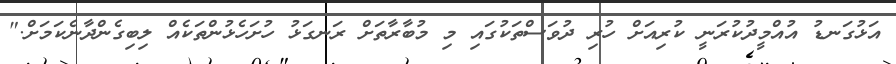
އަޅުގަނޑު އުއްމީދުކުރަނީ ކުރިއަށް ހުރި ދުވަސްތަކުގައި މި މުބާރާތަށް ރަނގަޅު ހުށަހެޅުންތަކެއް ލިބިގެންދާނެކަމަށް."